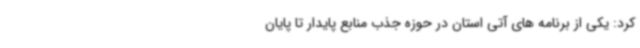
کرد: یکی از برنامه های آتی استان در حوزه جذب منابع پایدار تا پایان